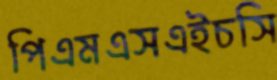
পিএমএসএইচসি